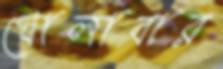
ঘোলাবার